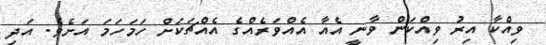
ވިއްކާ އިރު ވިއްކަން ވާނީ އެއާ އެއްވަރެއްގެ އެއްޗަކަށް ހަމަހަމަ އަށެވެ. އަދި